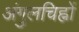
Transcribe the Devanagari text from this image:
अंगुलचिह्नों